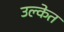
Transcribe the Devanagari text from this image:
उल्केत